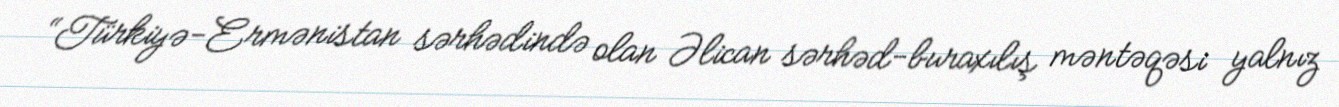
“Türkiyə-Ermənistan sərhədində olan Əlican sərhəd-buraxılış məntəqəsi yalnız